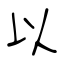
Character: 以